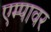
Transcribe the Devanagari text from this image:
एम्पावर